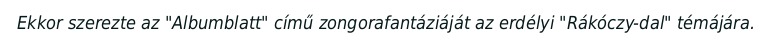
Ekkor szerezte az "Albumblatt" című zongorafantáziáját az erdélyi "Rákóczy-dal" témájára.